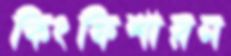
কিংফিশারন